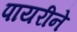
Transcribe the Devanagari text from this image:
पायरीने